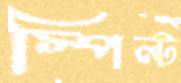
স্পিল্ট